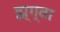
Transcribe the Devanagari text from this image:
झ्ग्वा